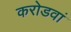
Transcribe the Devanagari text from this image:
करोडवां